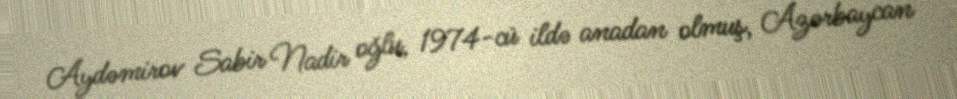
Aydəmirov Sabir Nadir oğlu, 1974-cü ildə anadan olmuş, Azərbaycan